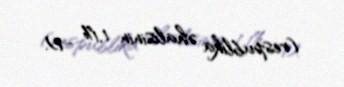
(respublika əhalisinin 1,1% -i).